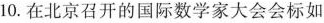
10.在北京召开的国际数学家大会会标如